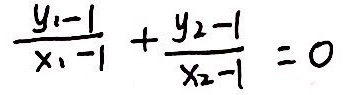
\frac { y _ { 2 } - 1 } { x _ { 1 } - 1 } + \frac { y _ { 2 } - 1 } { x _ { 2 } - 1 } = 0